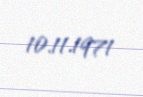
10.11.1971